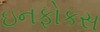
ઇનફોકસ